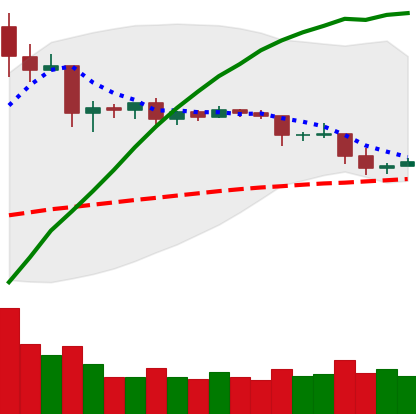
Ticker: ETC-USD
Chart end date: 2019-04-27
Forward return: 5.172%
Label: up_5_7